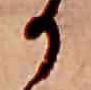
か